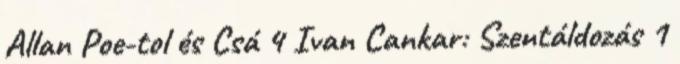
Allan Poe-tol és Csá 4 Ivan Cankar: Szentáldozás 1